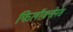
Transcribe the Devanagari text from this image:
फिलॉक्सेनस